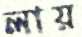
লায়